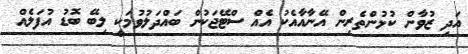
އަދި ޒުވާން ކުޅުންތެރިން އޭނާއާއެކު އެއް ސްޓޭޖަކުން ބައްދަލުވުމަކީ ލިބޭ ބޮޑު އުފަލެއް